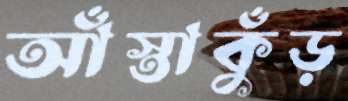
আঁস্তাকুঁড়